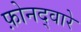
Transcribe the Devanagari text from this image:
फ़ोनद्वारे